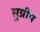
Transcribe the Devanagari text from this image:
सुग्रीप